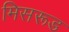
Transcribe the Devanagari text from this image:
मिसरूड